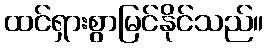
ထင်ရှားစွာမြင်နိုင်သည်။